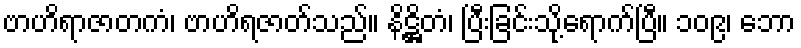
ဗာဟိရာဇာတကံ၊ ဗာဟိရဇာတ်သည်။ နိဋ္ဌိတံ၊ ပြီးခြင်းသို့ရောက်ပြီ။ ၁၀၉၊ ဘော